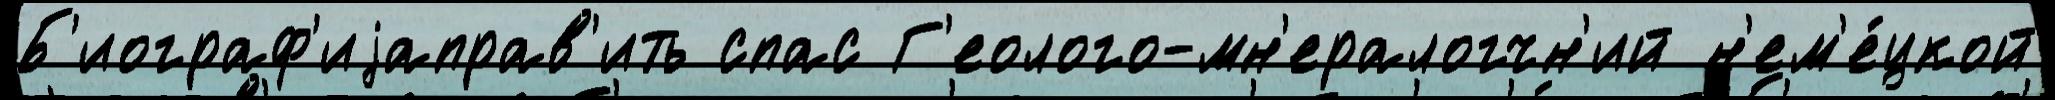
Б'иограф'иjаправ'ить спас Г'еолого-мн'ералогчн'ий н'ем'е́цкой